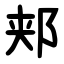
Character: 郏